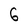
Character: 6